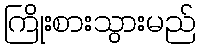
ကြိုးစားသွားမည်